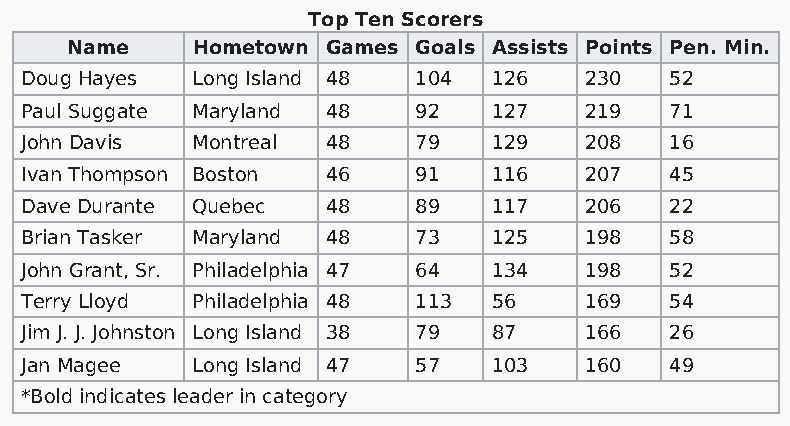
Top Ten Scorers
 Name     Hometown Games Goals Assists Points Pen. Min.
 Doug Hayes  Long Island 48 104  126   230  52
 Paul Suggate Maryland 48  92    127   219  71
 John Davis  Montreal 48   79    129   208  16
 Ivan Thompson Boston 46   91    116   207  45
 Dave Durante Quebec  48   89    117   206  22
 Brian Tasker Maryland 48  73    125   198  58
 John Grant, Sr. Philadelphia 47 64 134 198 52
 Terry Lloyd Philadelphia 48 113 56    169  54
 Jim J. J. Johnston Long Island 38 79 87 166 26
 Jan Magee   Long Island 47 57   103   160  49
 *Bold indicates leader in category